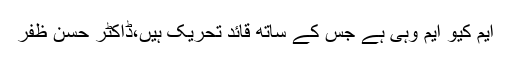
ایم کیو ایم وہی ہے جس کے ساتھ قائد تحریک ہیں،ڈاکٹر حسن ظفر